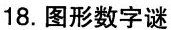
18.图形数字谜